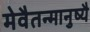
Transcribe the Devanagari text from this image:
मेवैतन्मानुष्यै